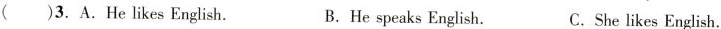
( )3.A.He likes English. B.He speaks English. C.She likes English.